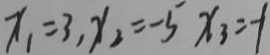
x _ { 1 } = 3 , x _ { 2 } = - 5 x _ { 3 } = - 1